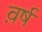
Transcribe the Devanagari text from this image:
व़र्ष